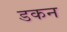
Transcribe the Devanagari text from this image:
डकन